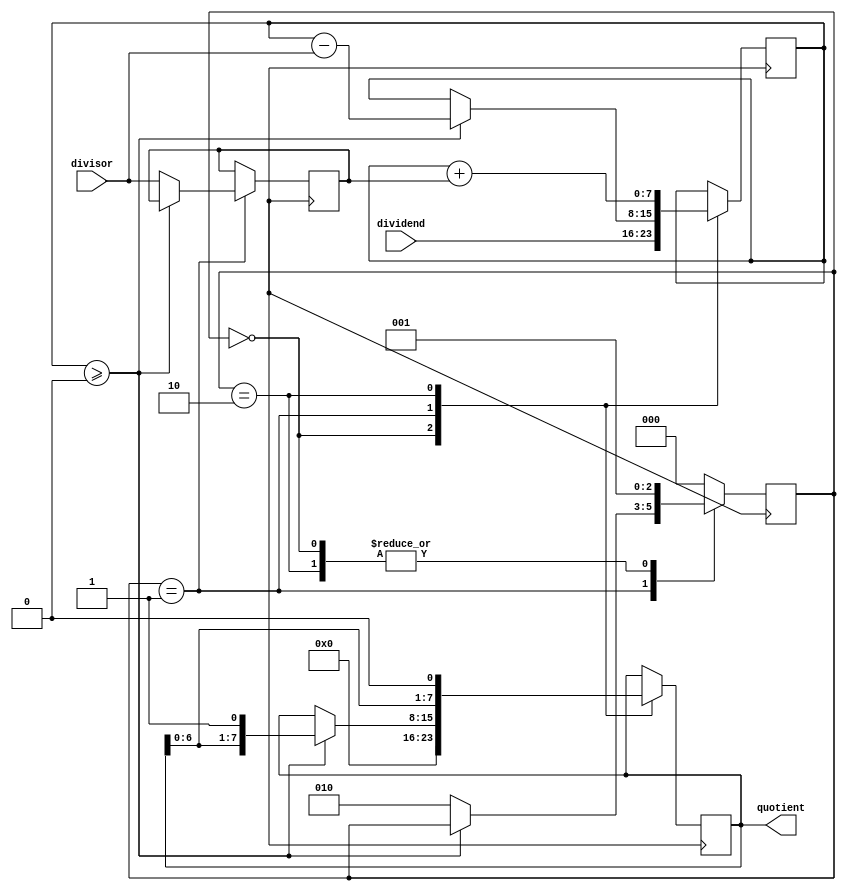
module non_restoring_divider (
    input wire [7:0] dividend,
    input wire [7:0] divisor,
    output reg [7:0] quotient
);

reg [7:0] partial_remainder;
reg [7:0] restore_value;

reg [2:0] state;
parameter [2:0] IDLE = 3'b000, SUBTRACT = 3'b001, RESTORE = 3'b010;

always @ (posedge clk) begin
    case (state)
        IDLE: begin
            partial_remainder <= dividend;
            quotient <= 8'b0;
            state <= SUBTRACT;
        end
        SUBTRACT: begin
            if (partial_remainder >= 0) begin
                partial_remainder <= partial_remainder - divisor;
                quotient <= {quotient, 1'b1};
            end else begin
                restore_value <= divisor;
                state <= RESTORE;
            end
        end
        RESTORE: begin
            partial_remainder <= partial_remainder + restore_value;
            quotient <= {quotient, 1'b0};
            state <= SUBTRACT;
        end
        default: begin
            state <= IDLE;
        end
    endcase
end

endmodule